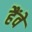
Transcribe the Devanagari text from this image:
हैंवे